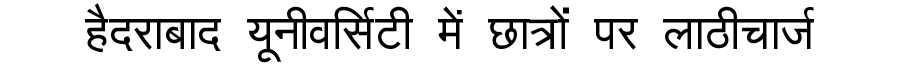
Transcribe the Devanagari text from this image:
हैदराबाद यूनीवर्सिटी में छात्रों पर लाठीचार्ज